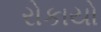
રોકાયો